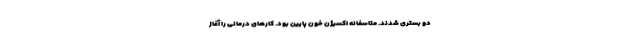
دو بستری شدند. متاسفانه اکسیژن خون پایین بود. کارهای درمانی را آغاز